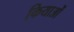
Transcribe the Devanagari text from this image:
कियाओं